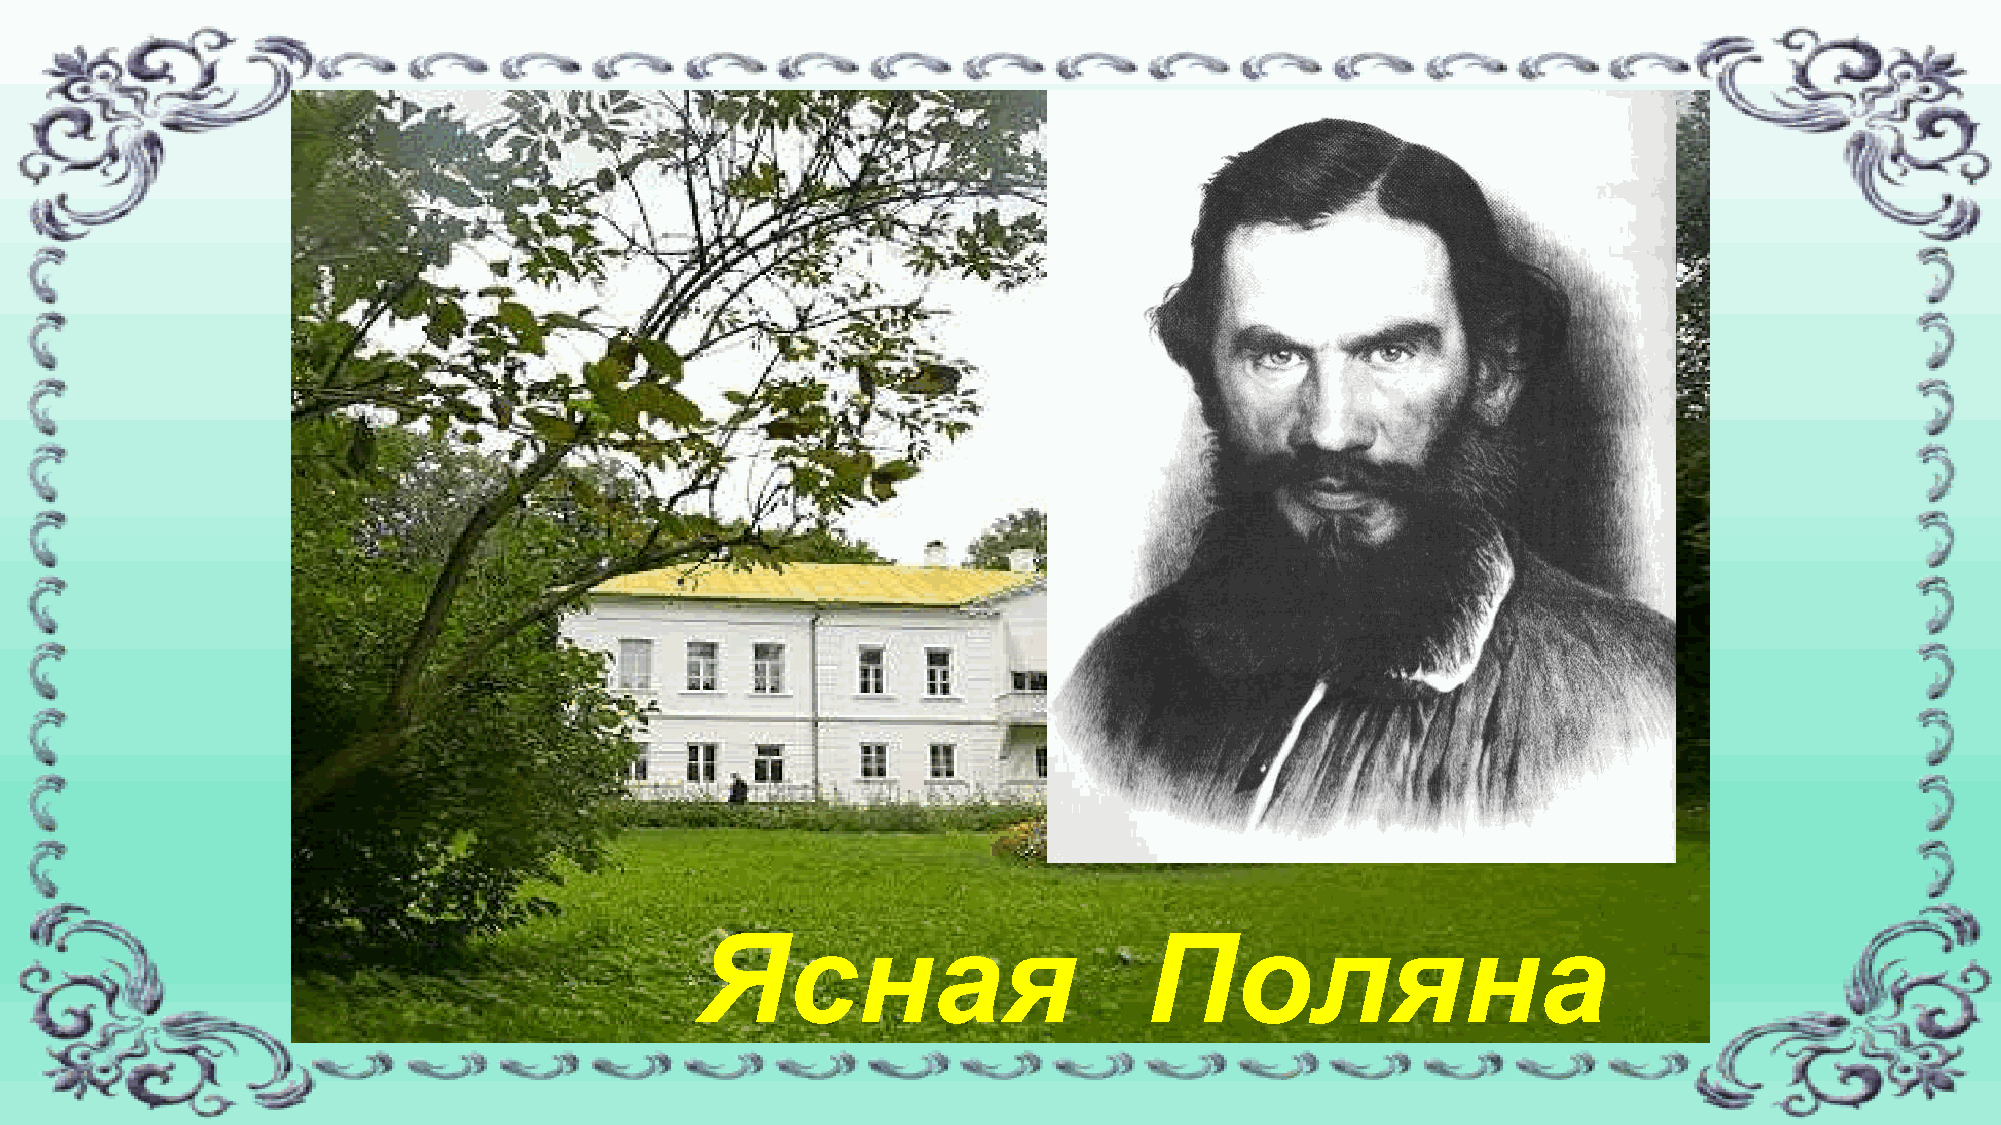
Ясная                         Поляна